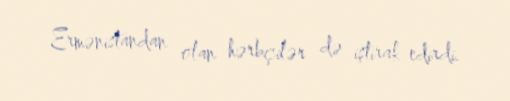
Ermənistandan olan hərbçilər də iştirak edirdi.